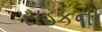
સડકના